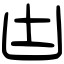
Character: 凷